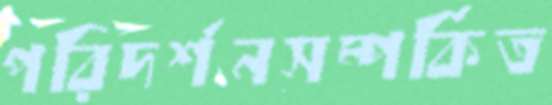
পরিদর্শনসম্পর্কিত